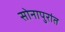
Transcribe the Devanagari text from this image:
सोनापुरांत